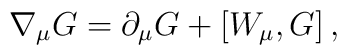
\nabla_{\mu}G=\partial_{\mu}G+\left[  W_{\mu},G\right]  ,